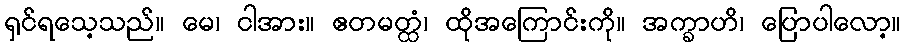
ရှင်ရသေ့သည်။ မေ၊ ငါအား။ ဧတမတ္ထံ၊ ထိုအကြောင်းကို။ အက္ခာဟိ၊ ပြောပါလော့။